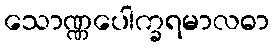
သောဏ္ဏပေါက္ခရမာလဓာ